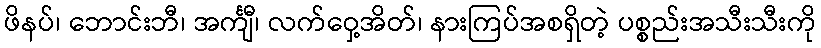
ဖိနပ်၊ ဘောင်းဘီ၊ အင်္ကျီ၊ လက်ဝှေ့အိတ်၊ နားကြပ်အစရှိတဲ့ ပစ္စည်းအသီးသီးကို